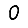
Digit: 0